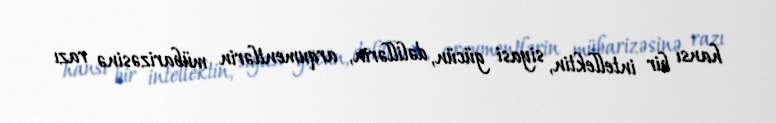
hansı bir intellektin, siyasi gücün, dəlillərin, arqumentlərin mübarizəsinə razı